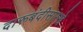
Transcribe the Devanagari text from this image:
दारूबंदीसारखे